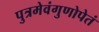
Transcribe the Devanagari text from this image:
पुत्रमेवंगुणोपेतं